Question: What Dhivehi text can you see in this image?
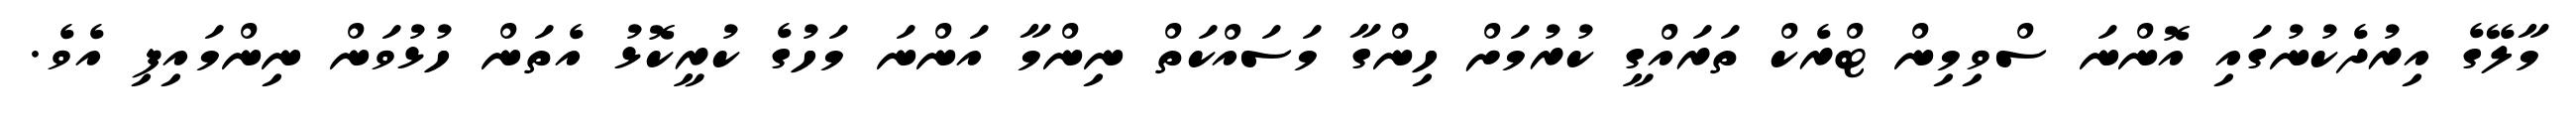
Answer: މާލޭގެ އިރުދެކުނުގައި އޮންނަ ސްވިމިން ޓްރެކް ތަރައްގީ ކުރުމަށް ހިންގާ މަސައްކަތް ނިންމާ އަންނަ މަހުގެ ކުރީކޮޅު އެތަން ހުޅުވަން ނިންމައިފި އެވެ.